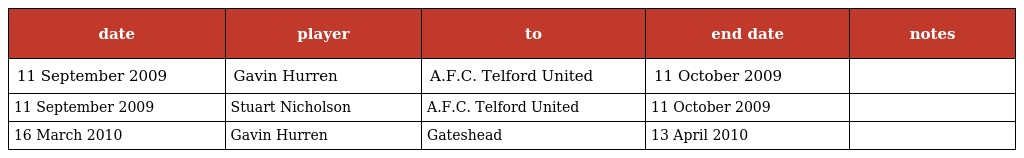
| date | player | to | end date | notes |
 | --- | --- | --- | --- | --- |
 | 11 September 2009 | Gavin Hurren | A.F.C. Telford United | 11 October 2009 |  |
 | 11 September 2009 | Stuart Nicholson | A.F.C. Telford United | 11 October 2009 |  |
 | 16 March 2010 | Gavin Hurren | Gateshead | 13 April 2010 |  |